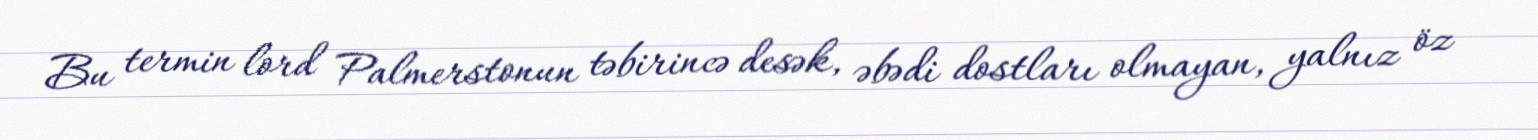
Bu termin lord Palmerstonun təbirincə desək, əbədi dostları olmayan, yalnız öz